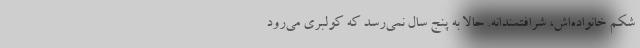
شكم خانواده‌اش، شرافتمندانه. حالا به پنج سال نمي‌رسد كه كولبري مي‌رود